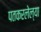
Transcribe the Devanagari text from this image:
पतकरलेल्या